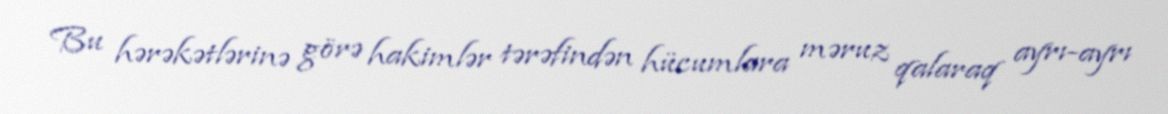
Bu hərəkətlərinə görə hakimlər tərəfindən hücumlara məruz qalaraq ayrı-ayrı